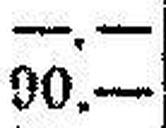
90.—